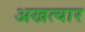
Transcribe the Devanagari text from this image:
अखत्यार